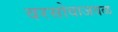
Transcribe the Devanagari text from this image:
वरसोवाजवळ